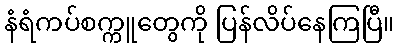
နံရံကပ်စက္ကူတွေကို ပြန်လိပ်နေကြပြီ။